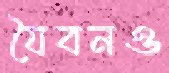
যৈবনও